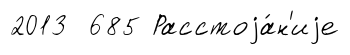
2013 685 Расстоjа́н'иjе